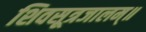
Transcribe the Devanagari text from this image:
शिवसूत्रजालम्॥